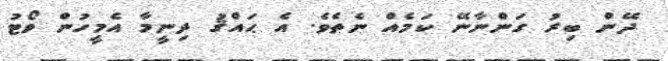
ދޭން ބިރު ގަންނާނޭ ކަމެއް ނެތެވެ. އެ ޙައްޤު ދިނީމާ އެމީހުން ވޯޓު